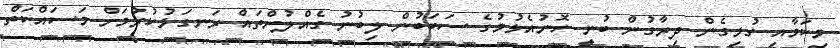
މިކަމާއި ގުޅިގެން ދިރާގުން ބުނީ ހޮނުއެޅުމުގެ ސަބަބުން ލިބުނު ގެއްލުންތައް ރަނގަޅުކުރުމަށް މަސައްކަތް